Report of the Imperial Institute of Veterinary Research, Muktesar
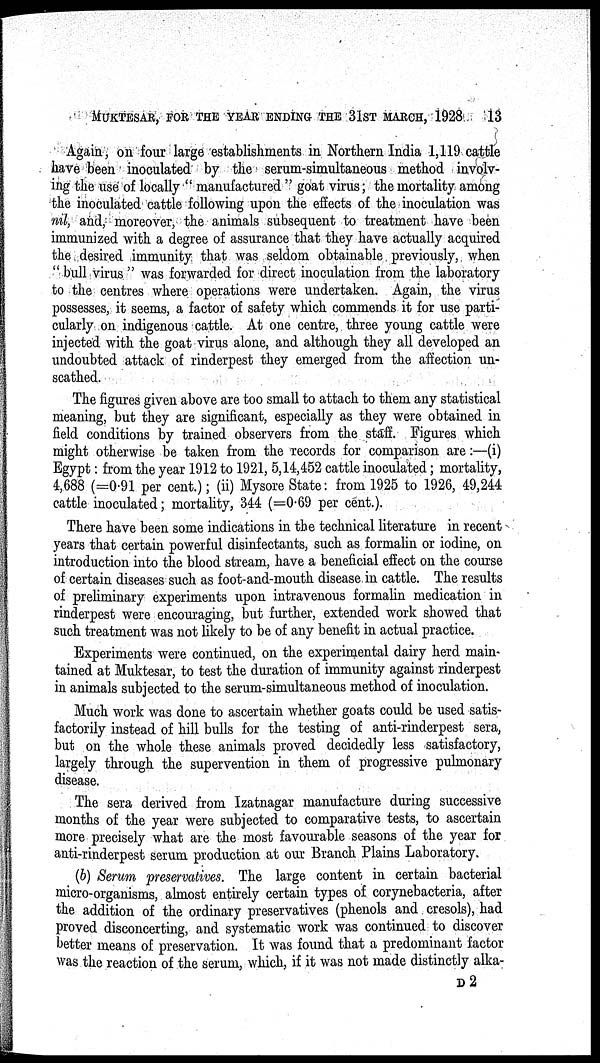
MUKTESAR, FOR THE YEAR ENDING THE 31ST MARCH, 1928
13
Again, on four large establishments in Northern India 1,119 cattle
have been inoculated by the serum-simultaneous method involv-
ing the use of locally " manufactured " goat virus; the mortality among
the inoculated cattle following upon the effects of the inoculation was
nil, and, moreover, the animals subsequent to treatment have been
immunized with a degree of assurance that they have actually acquired
the desired immunity that was seldom obtainable previously, when
"bull virus " was forwarded for direct inoculation from the laboratory
to the centres where operations were undertaken. Again, the virus
possesses, it seems, a factor of safety which commends it for use parti-
cularly on indigenous cattle. At one centre, three young cattle were
injected with the goat virus alone, and although they all developed an
undoubted attack of rinderpest they emerged from the affection un-
scathed.
The figures given above are too small to attach to them any statistical
meaning, but they are significant, especially as they were obtained in
field conditions by trained observers from the staff. Figures which
might otherwise be taken from the records for comparison are :—(i)
Egypt : from the year 1912 to 1921, 5,14,452 cattle inoculated ; mortality,
4,688 (=0.91 per cent.); (ii) Mysore State: from 1925 to 1926, 49,244
cattle inoculated; mortality, 344 (=0.69 per cent.).
There have been some indications in the technical literature in recent
years that certain powerful disinfectants, such as formalin or iodine, on
introduction into the blood stream, have a beneficial effect on the course
of certain diseases such as foot-and-mouth disease in cattle. The results
of preliminary experiments upon intravenous formalin medication in
rinderpest were encouraging, but further, extended work showed that
such treatment was not likely to be of any benefit in actual practice.
Experiments were continued, on the experimental dairy herd main-
tained at Muktesar, to test the duration of immunity against rinderpest
in animals subjected to the serum-simultaneous method of inoculation.
Much work was done to ascertain whether goats could be used satis-
factorily instead of hill bulls for the testing of anti-rinderpest sera,
but on the whole these animals proved decidedly less satisfactory,
largely through the supervention in them of progressive pulmonary
disease.
The sera derived from Izatnagar manufacture during successive
months of the year were subjected to comparative tests, to ascertain
more precisely what are the most favourable seasons of the year for
anti-rinderpest serum production at our Branch Plains Laboratory.
(b) Serum preservatives. The large content in certain bacterial
micro-organisms, almost entirely certain types of corynebacteria, after
the addition of the ordinary preservatives (phenols and cresols), had
proved disconcerting, and systematic work was continued to discover
better means of preservation. It was found that a predominant factor
was the reaction of the serum, which, if it was not made distinctly alka-
D 2